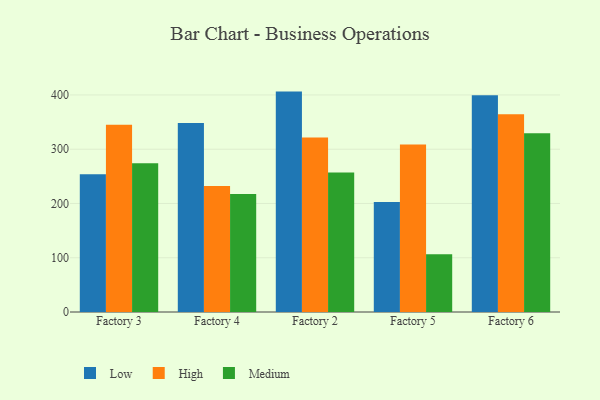
{"axis": {"x": "Factory", "y": "Humidity (%)"}, "legend": ["High", "Low", "Medium"], "data": [{"x": "Factory 3", "y": 253.7, "type": "Low"}, {"x": "Factory 3", "y": 345.2, "type": "High"}, {"x": "Factory 3", "y": 274.2, "type": "Medium"}, {"x": "Factory 4", "y": 348.5, "type": "Low"}, {"x": "Factory 4", "y": 232.4, "type": "High"}, {"x": "Factory 4", "y": 217.3, "type": "Medium"}, {"x": "Factory 2", "y": 406.2, "type": "Low"}, {"x": "Factory 2", "y": 321.5, "type": "High"}, {"x": "Factory 2", "y": 256.9, "type": "Medium"}, {"x": "Factory 5", "y": 202.9, "type": "Low"}, {"x": "Factory 5", "y": 308.5, "type": "High"}, {"x": "Factory 5", "y": 106.6, "type": "Medium"}, {"x": "Factory 6", "y": 399.7, "type": "Low"}, {"x": "Factory 6", "y": 364.4, "type": "High"}, {"x": "Factory 6", "y": 329.4, "type": "Medium"}]}